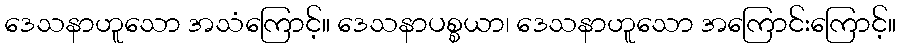
ဒေသနာဟူသော အသံကြောင့်။ ဒေသနာပစ္စယာ၊ ဒေသနာဟူသော အကြောင်းကြောင့်။